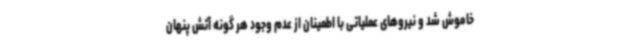
خاموش شد و نیروهای عملیاتی با اطمینان از عدم وجود هر گونه آتش پنهان